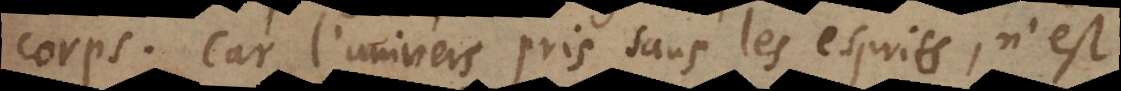
corps. Car l’univers pris sans les esprits, n’est